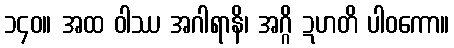
၁၄၀။ အထ ဝါဿ အဂါရာနိ၊ အဂ္ဂိ ဍဟတိ ပါဝကော။